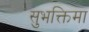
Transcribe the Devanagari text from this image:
सुभक्तिमा